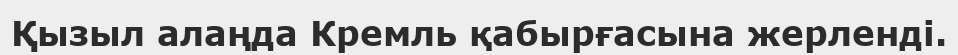
Қызыл алаңда Кремль қабырғасына жерленді.